Vaccination in Bombay 1889-1901 - 1889-1901
Year: 1889
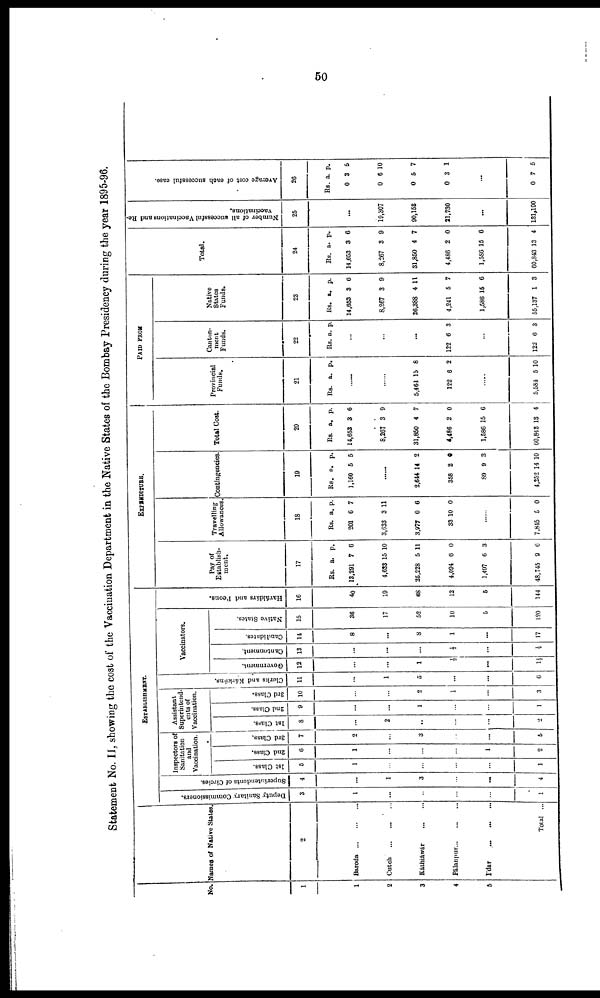
50
Statement No. II, showing the cost of the Vaccination Department in the Native States of the Bombay Presidency during the year 1895-96.
No.
1
1
2
3
4
5
Names of Native States.
2
Baroda ... ... ...
Cutch...
...
...
Káthiáwár
...
...
Pálanpur...
...
...
I'dar
...
...
...
Total ...
ESTABLISHMENT.
Deputy Sanitary Commissioners.
3
1
...
...
...
...
1
Superintendents of Circles.
4
...
1
3
...
...
4
Inspectors of
Sanitation
and
Vaccination.
1st Class.
5
1
...
...
...
...
1
2nd Class.
6
1
...
...
...
1
2
3rd Class.
7
2
...
3
...
...
5
Assistant
Superintend-
ents of
Vaccination.
1st Class.
8
...
2
...
...
...
2
2nd Class.
9
...
...
1
...
...
1
3rd Class.
10
...
...
2
1
...
3
Clerks and Kárkúns.
11
...
1
5
...
...
6
Vaccinators.
Government.
12
...
...
1
½
...
1½
Cantonment.
13
...
...
...
½
...
½
Candidates.
14
8
...
8
1
...
17
Native States.
15
36
17
52
10
5
120
Haváldárs and Peons.
16
40
19
68
12
5
144
EXPENDITURE.
Pay of
Establish¬
ment.
17
Rs.
13,291
4,633
25,228
4,094
1,497
48,745
a.
7
15
5
6
6
9
p.
6
10
11
0
3
6
Travelling
Allowances.
18
Rs.
201
3,633
3,977
33
a.
6
3
0
10
p.
7
11
6
0
......
7,845 5 0
Contingencies
19
Rs.
1,160
a.
5
p.
5
......
2,644
358
89
4,252
14
2
9
14
2
0
3
10
Total Cost.
20
Rs.
14,653
8,267
31,850
4,486
1,586
60,843
a.
3
3
4
2
15
13
p.
6
9
7
0
6
4
PAID FROM
Provincial
Funds.
21
Rs. a. p.
......
......
5,461
122
15
6
8
2
......
5,584 5 10
Canton-
ment
Funds.
22
Rs. a. p.
......
...
...
122 6 3
...
122 6 3
Native
States
Funds.
23
Rs.
14,653
8,267
26,388
4,241
1,586
55,137
a.
3
3
4
5
15
1
p.
6
9
11
7
6
3
Total.
24
Rs.
14,653
8,267
31,850
4,486
1,586
60,843
a.
3
3
4
2
15
13
p.
6
9
7
0
6
4
Number of all successful Vaccinations and Re¬
vaccinations.
25
...
19,307
90,153
21,730
...
131,100
Average cost of each successful case.
20
Rs.
0
0
0
0
a.
3
6
5
3
p.
5
10
7
1
...
0 7 5